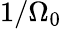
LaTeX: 1/\Omega_{0}